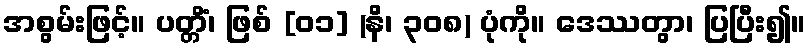
အစွမ်းဖြင့်။ ပတ္တိံ၊ ဖြစ် [၀၁] (နိ၊ ၃၀၈) ပုံကို။ ဒေဿတွာ၊ ပြပြီး၍။